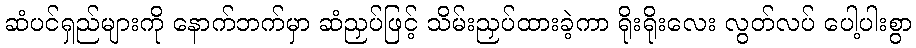
ဆံပင်ရှည်များကို နောက်ဘက်မှာ ဆံညှပ်ဖြင့် သိမ်းညှပ်ထားခဲ့ကာ ရိုးရိုးလေး လွတ်လပ် ပေါ့ပါးစွာ